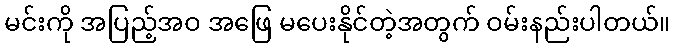
မင်းကို အပြည့်အဝ အဖြေ မပေးနိုင်တဲ့အတွက် ဝမ်းနည်းပါတယ်။